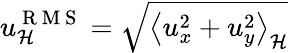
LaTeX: u_{\mathcal{H}}^{\mathrm{~R~M~S~}}=\sqrt{\left<u_{x}^{2}+u_{y}^{2}\right>_{\mathcal{H}}}